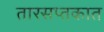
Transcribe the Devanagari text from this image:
तारसप्तकात